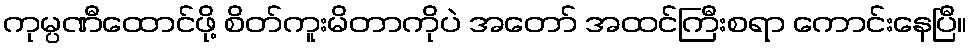
ကုမ္ပဏီထောင်ဖို့ စိတ်ကူးမိတာကိုပဲ အတော် အထင်ကြီးစရာ ကောင်းနေပြီ။